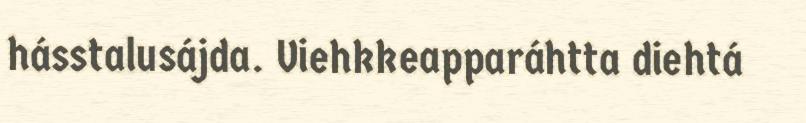
hásstalusájda. Viehkkeapparáhtta diehtá